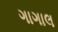
ગાગાલ